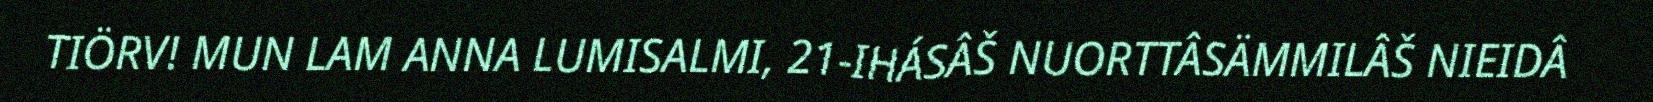
TIÖRV! MUN LAM ANNA LUMISALMI, 21-IHÁSÂŠ NUORTTÂSÄMMILÂŠ NIEIDÂ